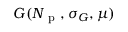
G ( N _ { \mathrm { ~ p ~ } } , \sigma _ { G } , \mu )